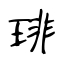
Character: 琲